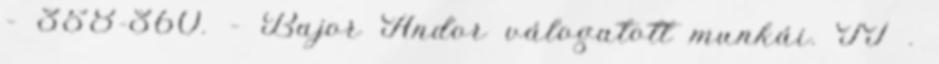
– 358-360. – Bajor Andor válogatott munkái. II .